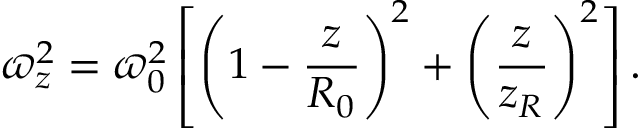
\varpi _ { z } ^ { 2 } = \varpi _ { 0 } ^ { 2 } \left[ \left( 1 - \frac { z } { R _ { 0 } } \right) ^ { 2 } + \left( \frac { z } { z _ { R } } \right) ^ { 2 } \right] .